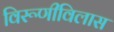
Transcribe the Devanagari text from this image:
विरूणीविलास